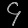
Digit: ၄